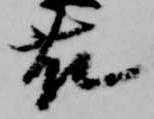
藤